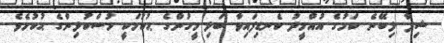
ޝިފާ ލިބޭނެ ކަމުގެ އުއްމީދު ކެނޑިފައިވާ ބަލި މީހުންގެ ޙުކުމަކީ މުސްކުޅިންގެ ޙުކުމެވެ.